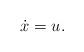
LaTeX: \begin{align*} \dot{x}=u.\end{align*}